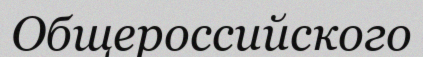
Общероссийского